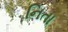
નિતા